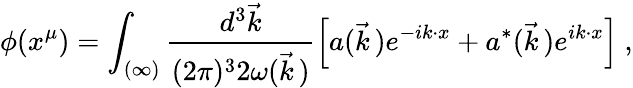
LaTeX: \phi(x^{\mu})=\int_{(\infty)}\frac{d^{3}\vec{k}}{(2\pi)^{3}2\omega(\vec{k}\, )}\left[a(\vec{k}\, )e^{-ik\cdot x}+a^{*}(\vec{k}\, )e^{ik\cdot x}\right]\ ,